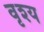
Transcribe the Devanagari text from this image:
वृश्य